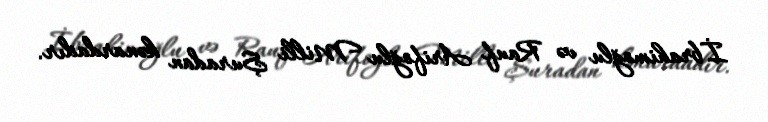
İbrahimoğlu və Rauf Arifoğlu Milli Şuradan kənardadır.